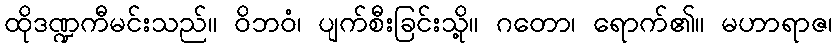
ထိုဒဏ္ဍကီမင်းသည်။ ဝိဘဝံ၊ ပျက်စီးခြင်းသို့။ ဂတော၊ ရောက်၏။ မဟာရာဇ၊